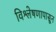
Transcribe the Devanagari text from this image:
विश्लेषणापासून